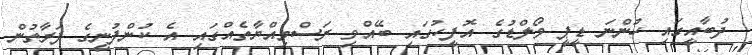
ދުބާއީގައި ހުންނަ ޑީޕީ ވޯލްޑުގެ އޮފީހުގައި ބޭއްވި ރަސްމިއްޔާތެއްގައި އެ ކުންފުނީގެ ފަރާތުން